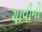
ચાવીનો